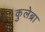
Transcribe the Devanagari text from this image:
कुलेब्रा